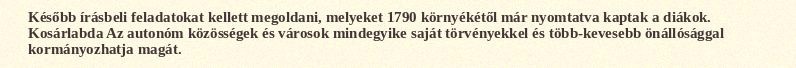
Később írásbeli feladatokat kellett megoldani, melyeket 1790 környékétől már nyomtatva kaptak a diákok. Kosárlabda Az autonóm közösségek és városok mindegyike saját törvényekkel és több-kevesebb önállósággal kormányozhatja magát.